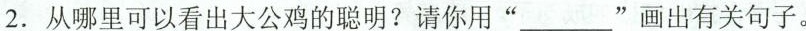
2.从哪里可以看出大公鸡的聪明？请你用”___”画出有关句子。